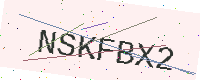
Text: NSKFBX2